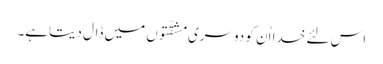
اس لئے خدا اُن کو دوسری مشقّتوں میں ڈال دیتاہے۔